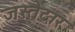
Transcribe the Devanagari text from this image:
जस्तेदार